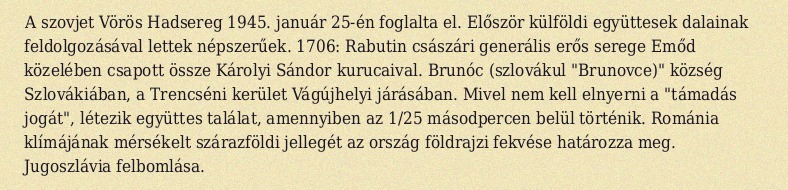
A szovjet Vörös Hadsereg 1945. január 25-én foglalta el. Először külföldi együttesek dalainak feldolgozásával lettek népszerűek. 1706: Rabutin császári generális erős serege Emőd közelében csapott össze Károlyi Sándor kurucaival. Brunóc (szlovákul "Brunovce)" község Szlovákiában, a Trencséni kerület Vágújhelyi járásában. Mivel nem kell elnyerni a "támadás jogát", létezik együttes találat, amennyiben az 1/25 másodpercen belül történik. Románia klímájának mérsékelt szárazföldi jellegét az ország földrajzi fekvése határozza meg. Jugoszlávia felbomlása.